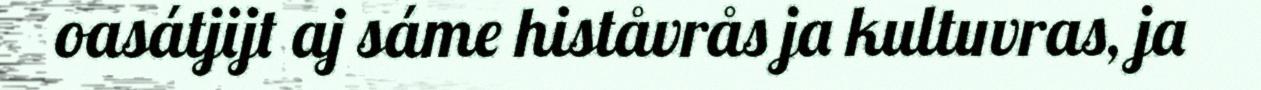
oasátjijt aj sáme histåvrås ja kultuvras, ja